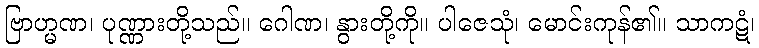
ဗြာဟ္မဏ၊ ပုဏ္ဏားတို့သည်။ ဂေါဏ၊ နွားတို့ကို။ ပါဇေသုံ၊ မောင်းကုန်၏။ သာကဋံ၊